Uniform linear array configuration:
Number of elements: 4
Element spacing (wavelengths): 1
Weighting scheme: cosine
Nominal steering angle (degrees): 15
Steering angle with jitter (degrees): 16.263
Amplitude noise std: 0.05
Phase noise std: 0.05

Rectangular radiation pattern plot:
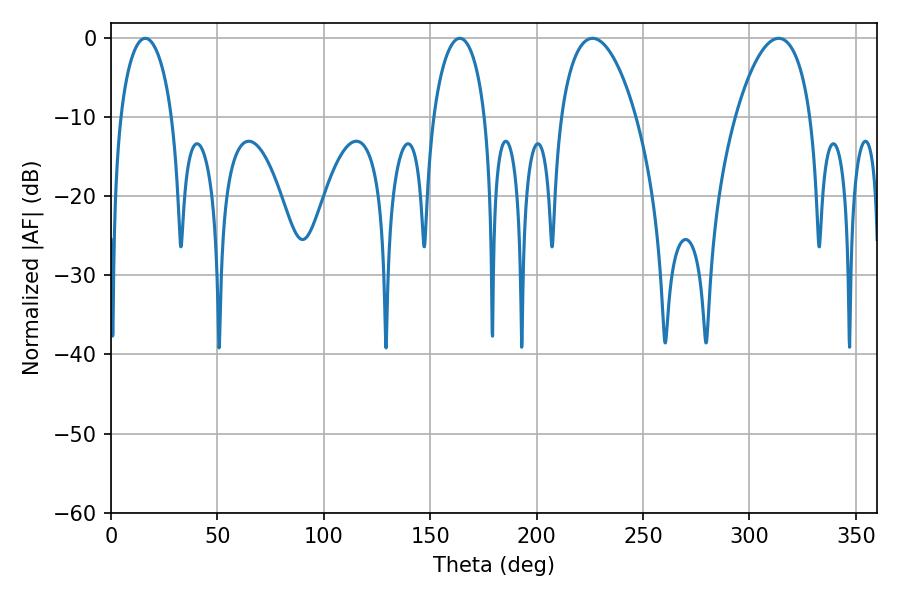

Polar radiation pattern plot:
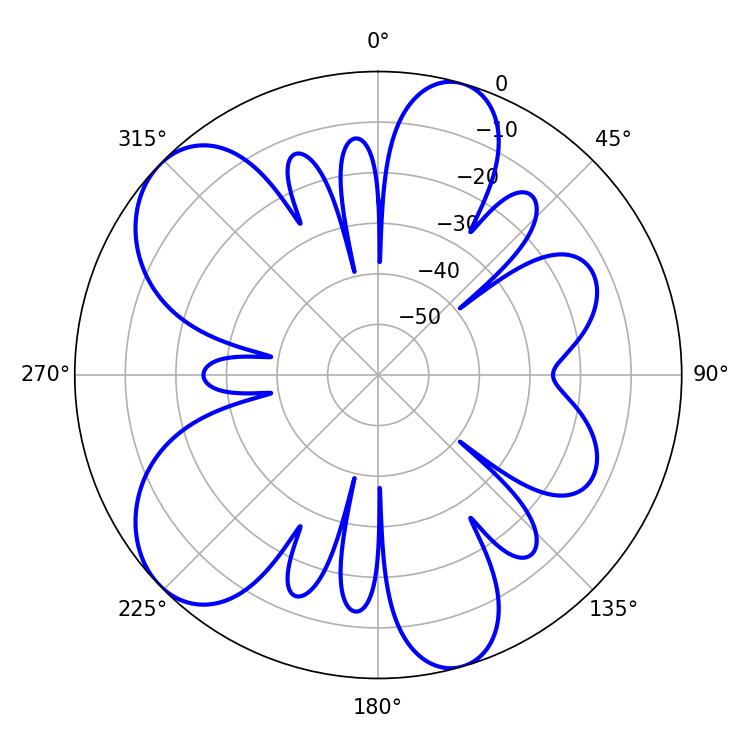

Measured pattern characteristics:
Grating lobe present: TRUE
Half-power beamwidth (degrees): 19.8
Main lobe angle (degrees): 226.26